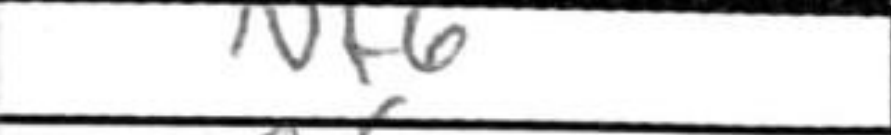
Transcription: Nf6